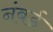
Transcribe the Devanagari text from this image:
नंबर्ड